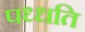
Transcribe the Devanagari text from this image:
पध्धति